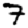
Digit: 7